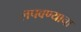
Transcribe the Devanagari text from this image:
लपवण्याचा